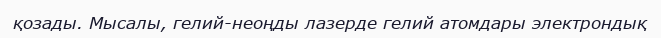
қозады. Мысалы, гелий-неоңды лазерде гелий атомдары электрондық